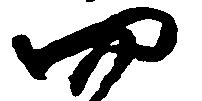
四